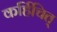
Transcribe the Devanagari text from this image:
कर्हिचित्